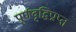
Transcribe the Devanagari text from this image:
पूर्णवृद्धिप्राप्त